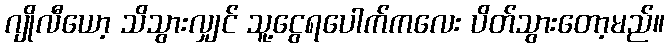
ဂျိုလီယော့ သိသွားလျှင် သူ့ငွေရပေါက်ကလေး ပိတ်သွားတော့မည်။